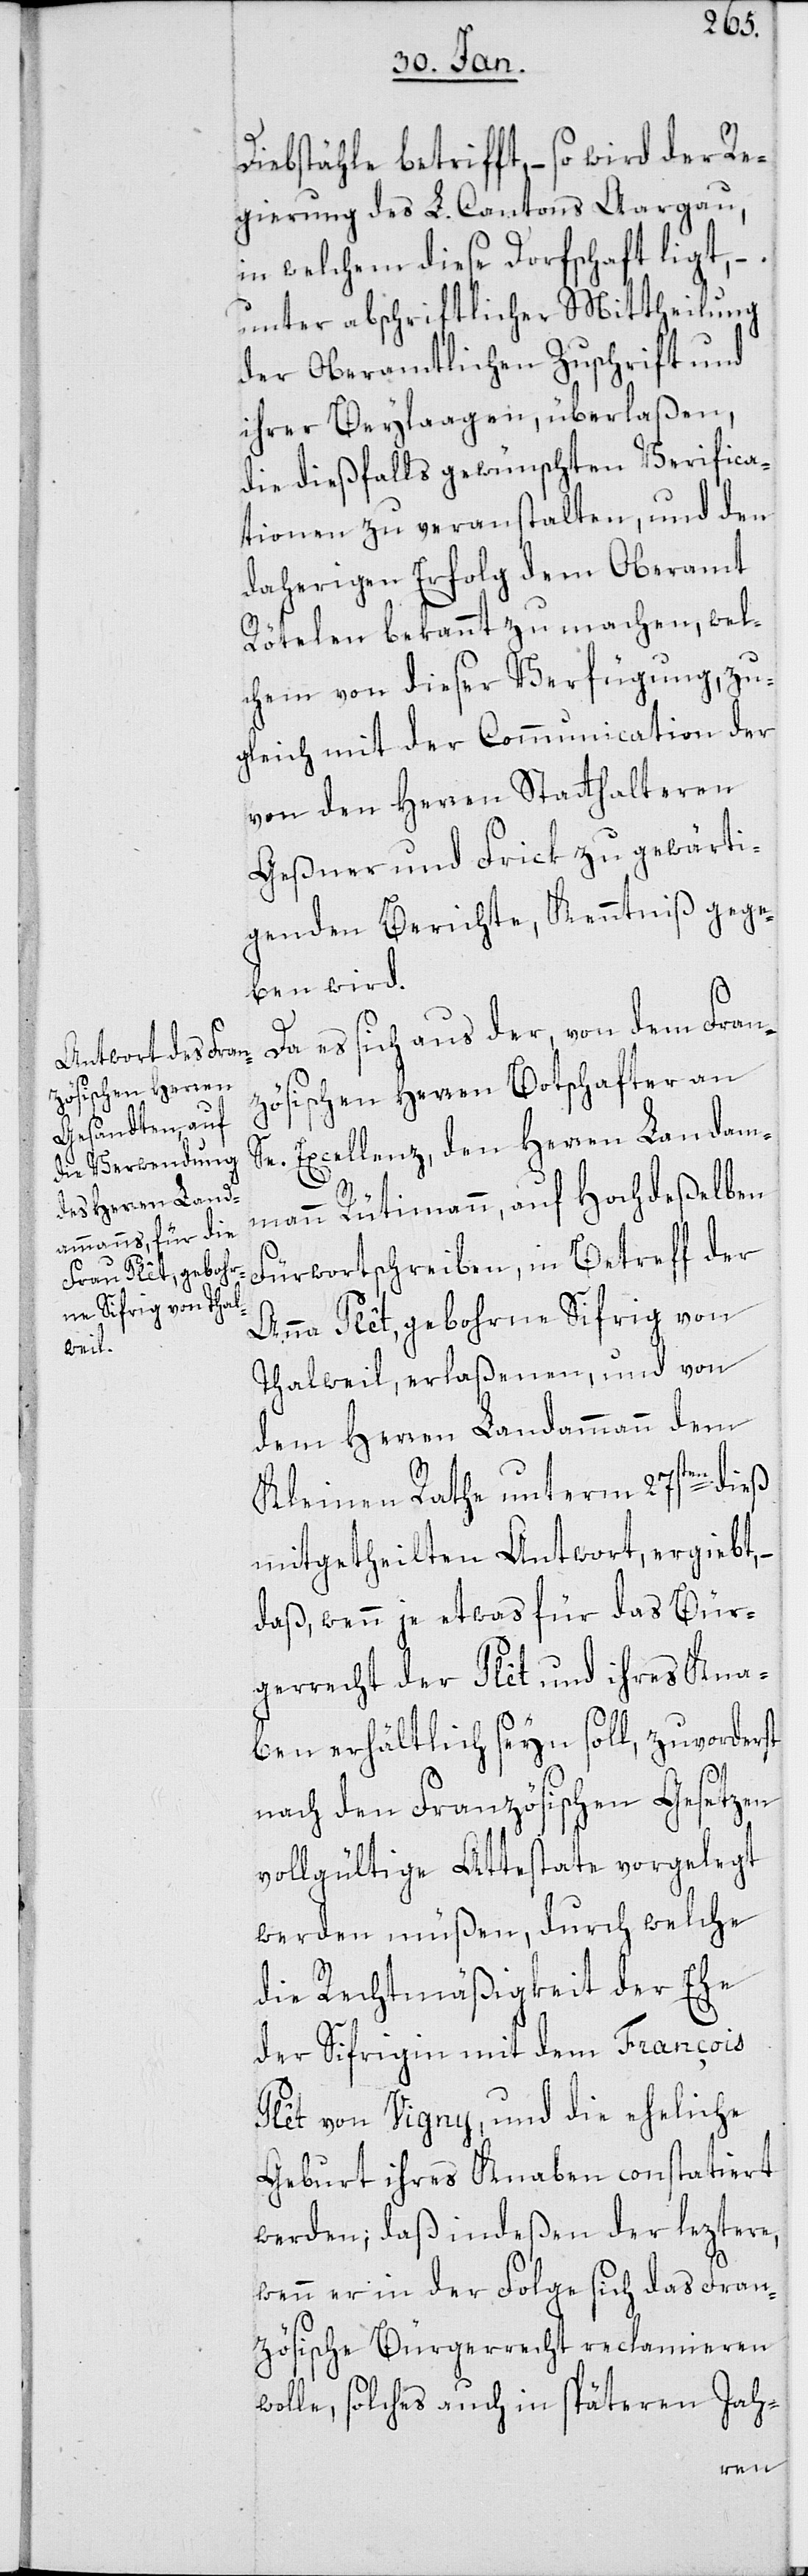
Diebstähle betrifft, – so wird der Re¬
gierung des L. Cantons Aargau,
in welchem diese Dorfschaft ligt, –
unter abschriftlicher Mittheilung
der Oberamtlichen Zuschrift und
ihrer Beylaagen überlaßen,
die dießfalls gewünschten Verifica¬
tionen zu veranstalten, und den
daherigen Erfolg dem Oberamt
Rötelen bekannt zu machen, wel¬
chem von dieser Verfügung, zu¬
gleich mit der Communication der
von den Herren Statthalteren
Geßner und Frick zu gewärti¬
genden Berichte, Kenntniß gege¬
ben wird.
Da es sich aus der, von dem Fran¬
zösischen Herren Botschafter an
Se. Excellenz den Herren Landam¬
mann Rütimann, auf Hochdeßelben
Fürwortschreiben, in Betreff der
Anna Plèt, gebohrne Sifrig von
Thalweil, erlaßenen, und von
dem Herren Landammann dem
Kleinen Rathe unterm 27sten dieß
mitgetheilten Antwort, ergiebt,
daß, wenn je etwas für das Bür¬
gerrecht der Plèt und ihres Kna¬
ben erhältlich seyn soll, zuvorderst
nach den Französischen Gesetzen
vollgültige Attestate vorgelegt
werden müßen, durch welche
die Rechtmäßigkeit der Ehe
der Sifrigin mit dem François
Plèt von Vigny, und die eheliche
Geburt ihres Knaben constatiert
werden; daß indeßen der leztere,
wenn er in der Folge sich das Fran¬
zösische Bürgerrecht reclamieren
wolle, solches auch in späteren Jah-